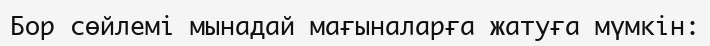
Бор сөйлемі мынадай мағыналарға жатуға мүмкін: